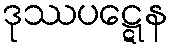
ဒုဿပဋ္ဋေန